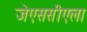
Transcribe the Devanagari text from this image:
जेएससीएला